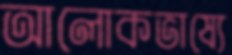
আলোকভাষ্যে